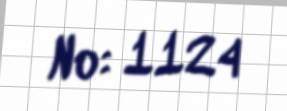
№: 1124